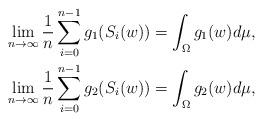
LaTeX: \begin{align*}\lim\limits_{n\to \infty}\frac{1}{n}\sum\limits_{i=0}^{n-1}g_1(S_i(w))&=\int_{\Omega}g_1(w)d\mu,\\\lim\limits_{n\to \infty}\frac{1}{n}\sum\limits_{i=0}^{n-1}g_2(S_i(w))&=\int_{\Omega}g_2(w)d\mu,\end{align*}